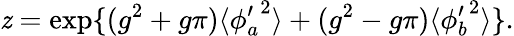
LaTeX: \mathit{z}=\exp\{ (g^{2}+g\pi)\langle{\phi_{a}^{\prime}}^{2}\rangle+(g^{2}-g\pi)\langle{\phi_{b}^{\prime}}^{2}\rangle\} .